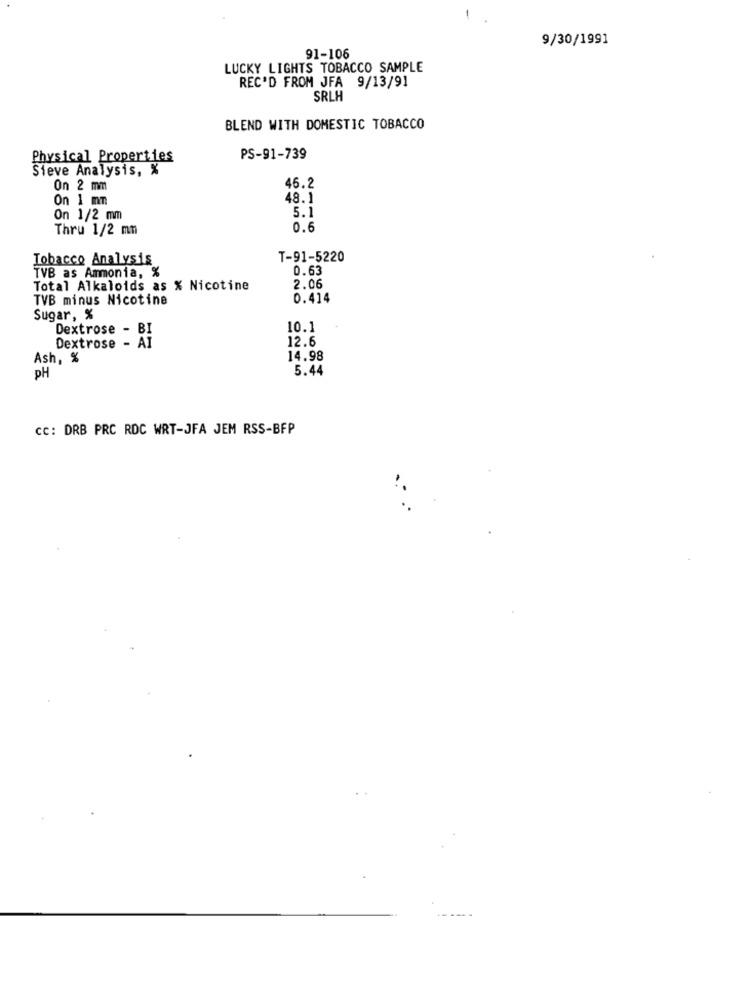
9/30/1991
91-106
LUCKY LIGHTS TOBACCO SAMPLE
REC'D FROM JFA 9/13/91
SRLH
BLEND WITH DOMESTIC TOBACCO
Physical Properties
PS-91-739
Sieve Analysis, %
On 2 mm
46.2
On 1 mm
48. 1
5.1
On 1/2 mm
Thru 1/2 mm
0.6
Tobacco Analysis
T-91-5220
0.63
TVB as Ammonia, %
Total Alkaloids as % Nicotine
2.06
TVB minus Nicotine
0.414
Sugar, %
Dextrose - BI
10.1
12.6
Dextrose - AI
Ash, %
14.98
pH
5.44
cc: DRB PRC RDC WRT-JFA JEM RSS-BFP